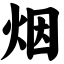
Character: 烟